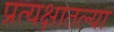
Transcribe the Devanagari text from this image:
प्रत्यक्षातल्या